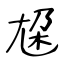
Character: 尮